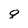
Character: q